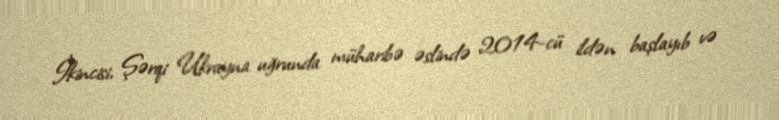
İkincisi, Şərqi Ukrayna uğrunda müharibə əslində 2014-cü ildən başlayıb və